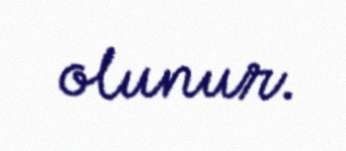
olunur.